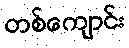
တစ်ကျောင်း